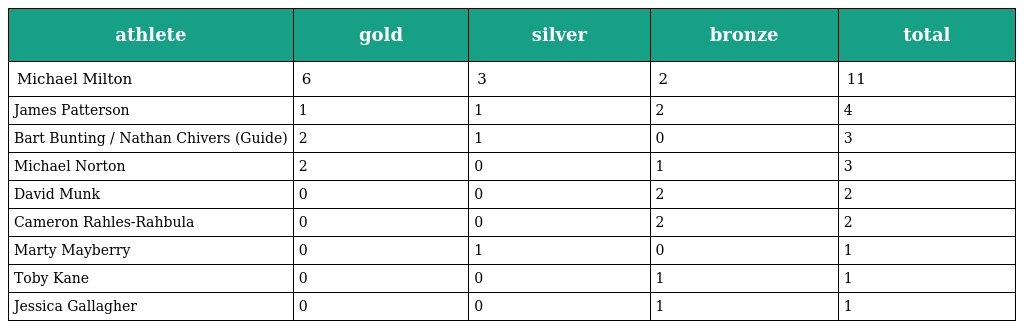
| athlete | gold | silver | bronze | total |
 | --- | --- | --- | --- | --- |
 | Michael Milton | 6 | 3 | 2 | 11 |
 | James Patterson | 1 | 1 | 2 | 4 |
 | Bart Bunting / Nathan Chivers (Guide) | 2 | 1 | 0 | 3 |
 | Michael Norton | 2 | 0 | 1 | 3 |
 | David Munk | 0 | 0 | 2 | 2 |
 | Cameron Rahles-Rahbula | 0 | 0 | 2 | 2 |
 | Marty Mayberry | 0 | 1 | 0 | 1 |
 | Toby Kane | 0 | 0 | 1 | 1 |
 | Jessica Gallagher | 0 | 0 | 1 | 1 |